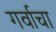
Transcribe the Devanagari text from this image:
गर्वाचा